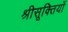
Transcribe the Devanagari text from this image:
श्रीसूक्तियों